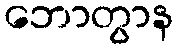
ဘောတွာန